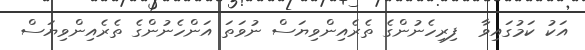
އަކު ކަމުގައިވާ  ފިރިހެނުންގެ ތެރެއިންވިޔަސް ނުވަތަ އަންހެނުންގެ ތެރެއިންވިޔަސް